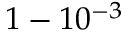
1 - 1 0 ^ { - 3 }